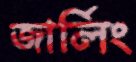
জার্লিং